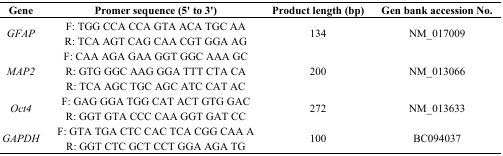
<table><thead><tr><td><b>Gene</b></td><td><b>Promer sequence (5′ to 3′)</b></td><td><b>Product length (bp)</b></td><td><b>Gen bank accession No.</b></td></tr></thead><tbody><tr><td rowspan="2"><i>GFAP</i></td><td>F: TGG CCA CCA GTA ACA TGC AA</td><td rowspan="2">134</td><td rowspan="2">NM_017009</td></tr><tr><td>R: TCA AGT CAG CAA CGT GGA AG</td></tr><tr><td rowspan="3"><i>MAP2</i></td><td>F: CAA AGA GAA GGT GGC AAA GC</td><td rowspan="3">200</td><td rowspan="3">NM_013066</td></tr><tr><td>R: GTG GGC AAG GGA TTT CTA CA</td></tr><tr><td>R: TCA AGC TGC AGC ATC CAT AC</td></tr><tr><td rowspan="2"><i>Oct4</i></td><td>F: GAG GGA TGG CAT ACT GTG GAC</td><td rowspan="2">272</td><td rowspan="2">NM_013633</td></tr><tr><td>R: GGT GTA CCC CAA GGT GAT CC</td></tr><tr><td rowspan="2"><i>GAPDH</i></td><td>F: GTA TGA CTC CAC TCA CGG CAA A</td><td rowspan="2">100</td><td rowspan="2">BC094037</td></tr><tr><td>R: GGT CTC GCT CCT GGA AGA TG</td></tr></tbody></table>